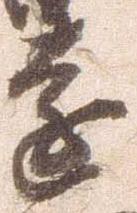
遠